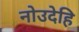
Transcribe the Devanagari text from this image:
नोउदेहि